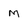
Character: M